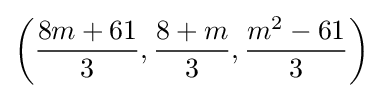
\left({\frac {8m+61}{3}},{\frac {8+m}{3}},{\frac {m^{2}-61}{3}}\right)